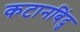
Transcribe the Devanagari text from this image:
कटानबिंदु